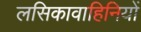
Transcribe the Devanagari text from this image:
लसिकावाहिनियों